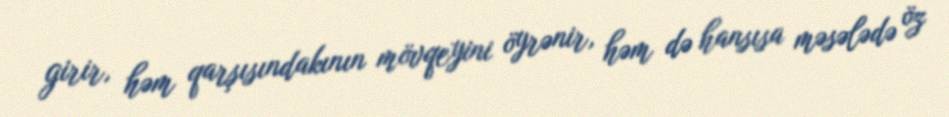
girir, həm qarşısındakının mövqeyini öyrənir, həm də hansısa məsələdə öz